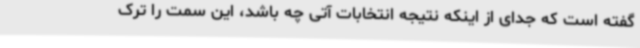
گفته است که جدای از اینکه نتیجه انتخابات آتی چه باشد، این سمت را ترک